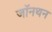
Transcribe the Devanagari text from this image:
जॉनथन